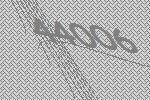
44006